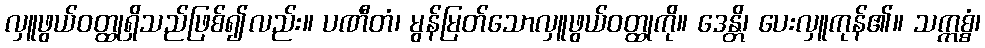
လှူဖွယ်ဝတ္ထုရှိသည်ဖြစ်၍လည်း။ ပဏီတံ၊ မွန်မြတ်သောလှူဖွယ်ဝတ္ထုကို။ ဒေန္တိ၊ ပေးလှူကုန်၏။ သက္ကစ္စံ၊